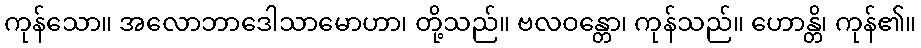
ကုန်သော။ အလောဘာဒေါသာမောဟာ၊ တို့သည်။ ဗလဝန္တော၊ ကုန်သည်။ ဟောန္တိ၊ ကုန်၏။